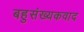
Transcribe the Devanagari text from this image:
बहुसंख्यकवाद